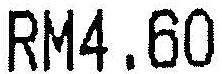
RM4.60